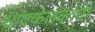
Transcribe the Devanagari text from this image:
धावफलकांची